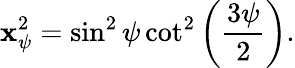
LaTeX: \mathbf{x}_{\psi}^{2}=\sin^{2}\psi\cot^{2}\left(\frac{{3\psi}}{{2}}\right).